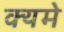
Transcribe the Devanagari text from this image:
क्यमे